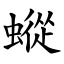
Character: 䗥